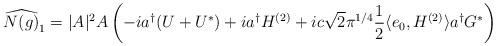
LaTeX: \begin{align*}\widehat{N(g)}_1 = |A|^2 A \left( -i a^\dagger (U+U^\ast) +ia^\dagger H^{(2)} +ic\sqrt{2}\pi^{1/4}\frac12 \langle e_0,H^{(2)}\rangle a^\dagger G^\ast\right) \end{align*}